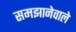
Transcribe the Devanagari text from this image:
समझानेवाले